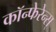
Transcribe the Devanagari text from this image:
कॉन्फेरेन्स्